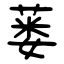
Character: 蒌